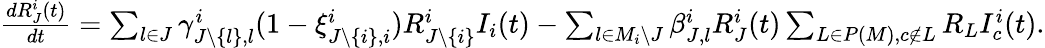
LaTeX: \begin{array}{l}{\frac{dR_{J}^{i}(t)}{dt}=\sum_{l\in J}\gamma_{J\backslash\{ l\} ,l}^{i}(1-\xi_{J\backslash\{ i\} ,i}^{i})R_{J\backslash\{ i\} }^{i}I_{i}(t)-\sum_{l\in M_{i}\backslash J}\beta_{J,l}^{i}R_{J}^{i}(t)\sum_{L\in P(M),c\not\in L}R_{L}I_{c}^{i}(t).}\end{array}